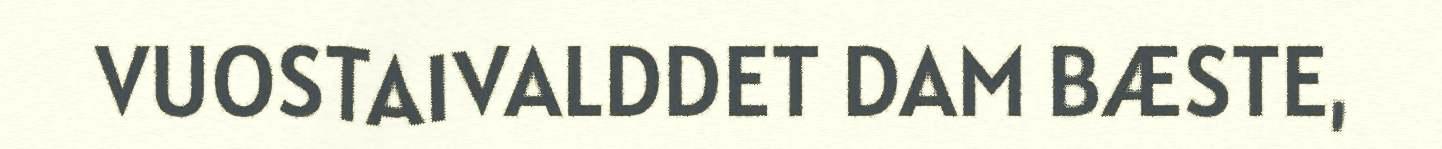
VUOSTAIVALDDET DAM BÆSTE,